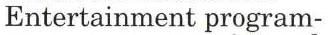
Entertainment program-